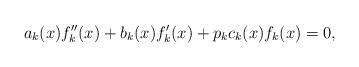
LaTeX: \begin{align*}a_k(x) f_k''(x) + b_k(x) f_k'(x) + p_k c_k(x) f_k(x) = 0,\end{align*}